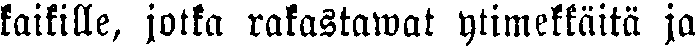
kaikille, jotka rakastawat ytimekkäitä ja